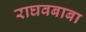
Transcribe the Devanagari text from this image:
राघवबाबा